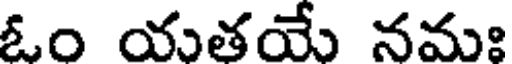
ఓం యతయే నమః